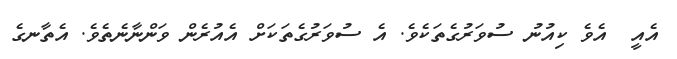
އެއީ  އެވެ ކިއުނު ސުވަރުގެތަކެވެ. އެ ސުވަރުގެތަކަށް އެއުރެން ވަންނާނެތެވެ. އެތާނގެ